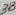
Text: 38